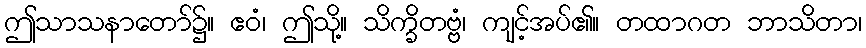
ဤသာသနာတော်၌။ ဧဝံ၊ ဤသို့။ သိက္ခိတဗ္ဗံ၊ ကျင့်အပ်၏။ တထာဂတ ဘာသိတာ၊